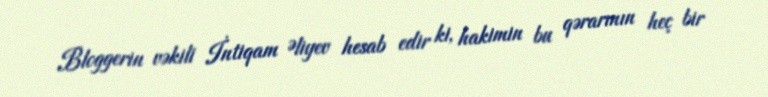
Bloggerin vəkili İntiqam Əliyev hesab edir ki, hakimin bu qərarının heç bir